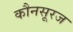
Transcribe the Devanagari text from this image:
कौनसूरज